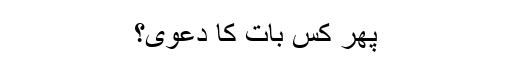
پھر کس بات کا دعویٰ؟